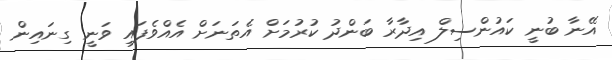
އޭނާ ބުނީ ކައުންސިލް އިދާރާ ބަންދު ކުރުމަށް އެތަނަށް އެއްވެފައި ވަނީ ގިނައިން